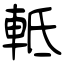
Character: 軧